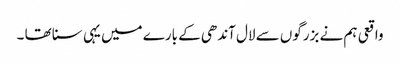
واقعی ہم نے بزرگوں سے لال آندھی کے بارے میں یہی سنا تھا ۔